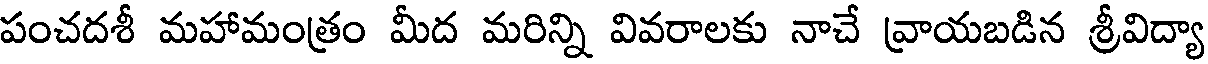
పంచదశీ మహామంత్రం మీద మరిన్ని వివరాలకు నాచే వ్రాయబడిన శ్రీవిద్యా